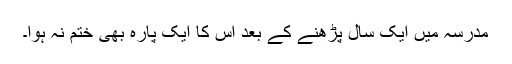
مدرسہ میں ایک سال پڑھنے کے بعد اس کا ایک پارہ بھی ختم نہ ہوا۔